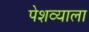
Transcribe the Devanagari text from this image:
पेशव्याला